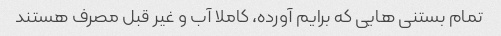
تمام بستنی هایی که برایم آورده، کاملا آب و غیر قبل مصرف هستند